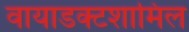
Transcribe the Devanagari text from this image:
वायाडक्टशामिल